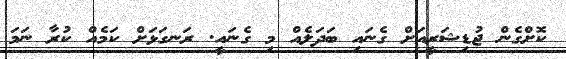
ކޮށްގެން ޖުޑިޝަރީއަށް ގެނައި ބަދަލެއް މި ގެނައީ. ރަނގަޅަށް ކަމެއް ކުރާ ނަމަ